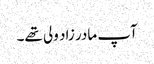
آپ مادر زاد ولی تھے۔